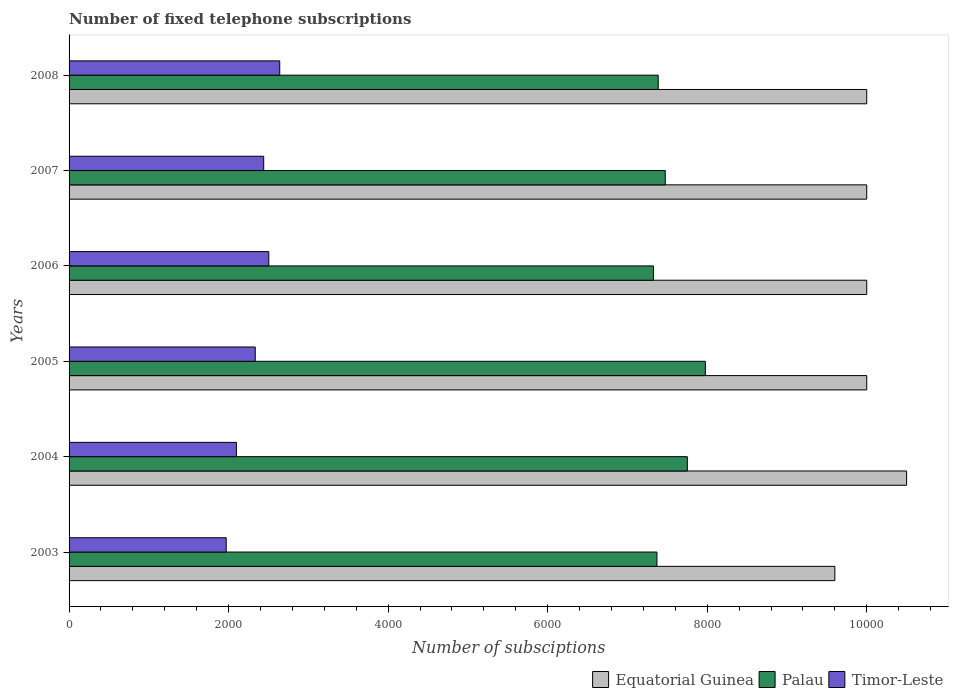
| Years | Equatorial Guinea | Palau | Timor-Leste |
 | --- | --- | --- | --- |
 | 2003 | 9.6e+03 | 7.37e+03 | 1.97e+03 |
 | 2004 | 1.05e+04 | 7.75e+03 | 2.1e+03 |
 | 2005 | 1e+04 | 7.98e+03 | 2.33e+03 |
 | 2006 | 1e+04 | 7.33e+03 | 2.5e+03 |
 | 2007 | 1e+04 | 7.47e+03 | 2.44e+03 |
 | 2008 | 1e+04 | 7.39e+03 | 2.64e+03 |